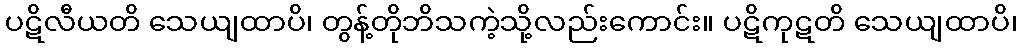
ပဋိလီယတိ သေယျထာပိ၊ တွန့်တိုဘိသကဲ့သို့လည်းကောင်း။ ပဋိကုဋတိ သေယျထာပိ၊